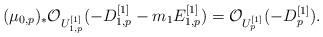
LaTeX: \begin{align*}(\mu_{0,p})_* \mathcal{O}_{U^{[1]}_{1,p}}(-D^{[1]}_{1,p} -m_1 E^{[1]}_{1,p}) = \mathcal{O}_{U^{[1]}_p}(-D^{[1]}_p). \end{align*}